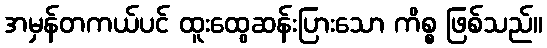
အမှန်တကယ်ပင် ထူးထွေဆန်းပြားသော ကိစ္စ ဖြစ်သည်။